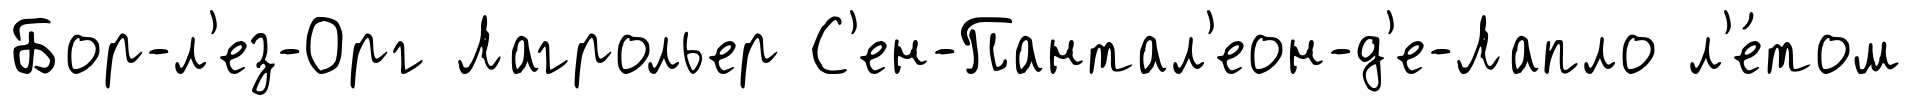
Бор-л'ез-Орг Лагрольер С'ен-Пантал'еон-д'е-Лапло л'е́том